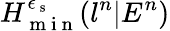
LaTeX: H_{\mathrm{~m~i~n~}}^{\epsilon_{\mathrm{~s~}}}(l^{n}|E^{n})